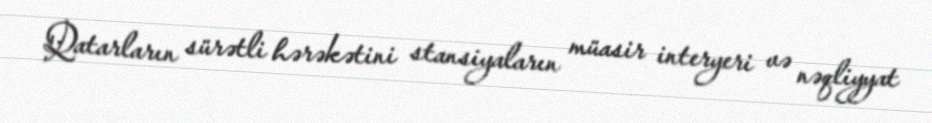
Qatarların sürətli hərəkətini stansiyaların müasir interyeri və nəqliyyat